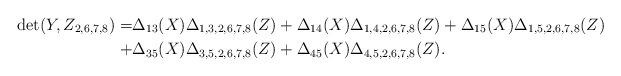
LaTeX: \begin{align*}\det(Y,Z_{2,6,7,8}) = &\Delta_{13}(X) \Delta_{1,3,2,6,7,8}(Z) + \Delta_{14}(X) \Delta_{1,4,2,6,7,8}(Z) + \Delta_{15}(X) \Delta_{1,5,2,6,7,8}(Z) \\ + & \Delta_{35}(X) \Delta_{3,5,2,6,7,8}(Z) + \Delta_{45}(X) \Delta_{4,5,2,6,7,8}(Z).\end{align*}